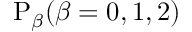
\mathrm { P } _ { \beta } ( \beta = 0 , 1 , 2 )